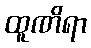
ထူဏိရာ